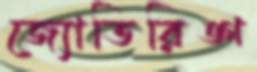
জ্যোতিরিঙ্গ